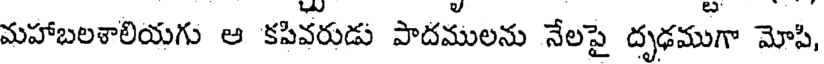
మహాబలశాలియగు ఆ కపివరుడు పాదములను నేలపై దృఢముగా మోపి,